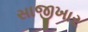
સાજીખાર